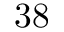
3 8